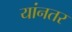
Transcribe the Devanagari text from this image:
यांनतर